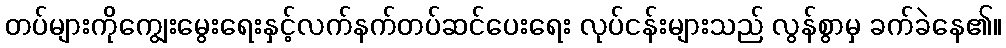
တပ်များကိုကျွေးမွေးရေးနှင့်လက်နက်တပ်ဆင်ပေးရေး လုပ်ငန်းများသည် လွန်စွာမှ ခက်ခဲနေ၏။